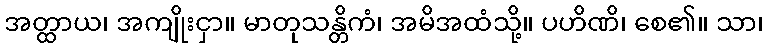
အတ္ထာယ၊ အကျိုးငှာ။ မာတုသန္တိကံ၊ အမိအထံသို့။ ပဟိဏိ၊ စေ၏။ သာ၊